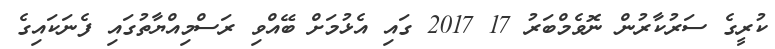
ކުރީގެ ސަރުކާރުން ނޮވެމްބަރު 17 2017 ގައި އެޅުމަށް ބޭއްވި ރަސްމިއްޔާތުގައި ފެނަކައިގެ